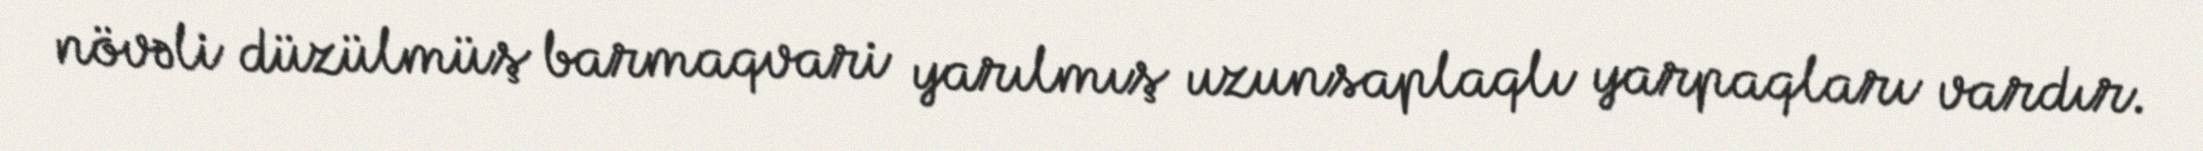
növəli düzülmüş barmaqvari yarılmış uzunsaplaqlı yarpaqları vardır.